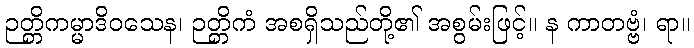
ဉတ္တိကမ္မာဒိဝသေန၊ ဉတ္တိကံ အစရှိသည်တို့၏ အစွမ်းဖြင့်။ န ကာတဗ္ဗံ၊ ရာ။